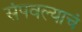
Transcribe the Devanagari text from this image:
संपवल्याचं